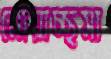
মোয়াচ্ছসা